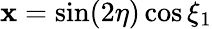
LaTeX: \mathbf{x}=\sin(2\eta)\cos\xi_{1}